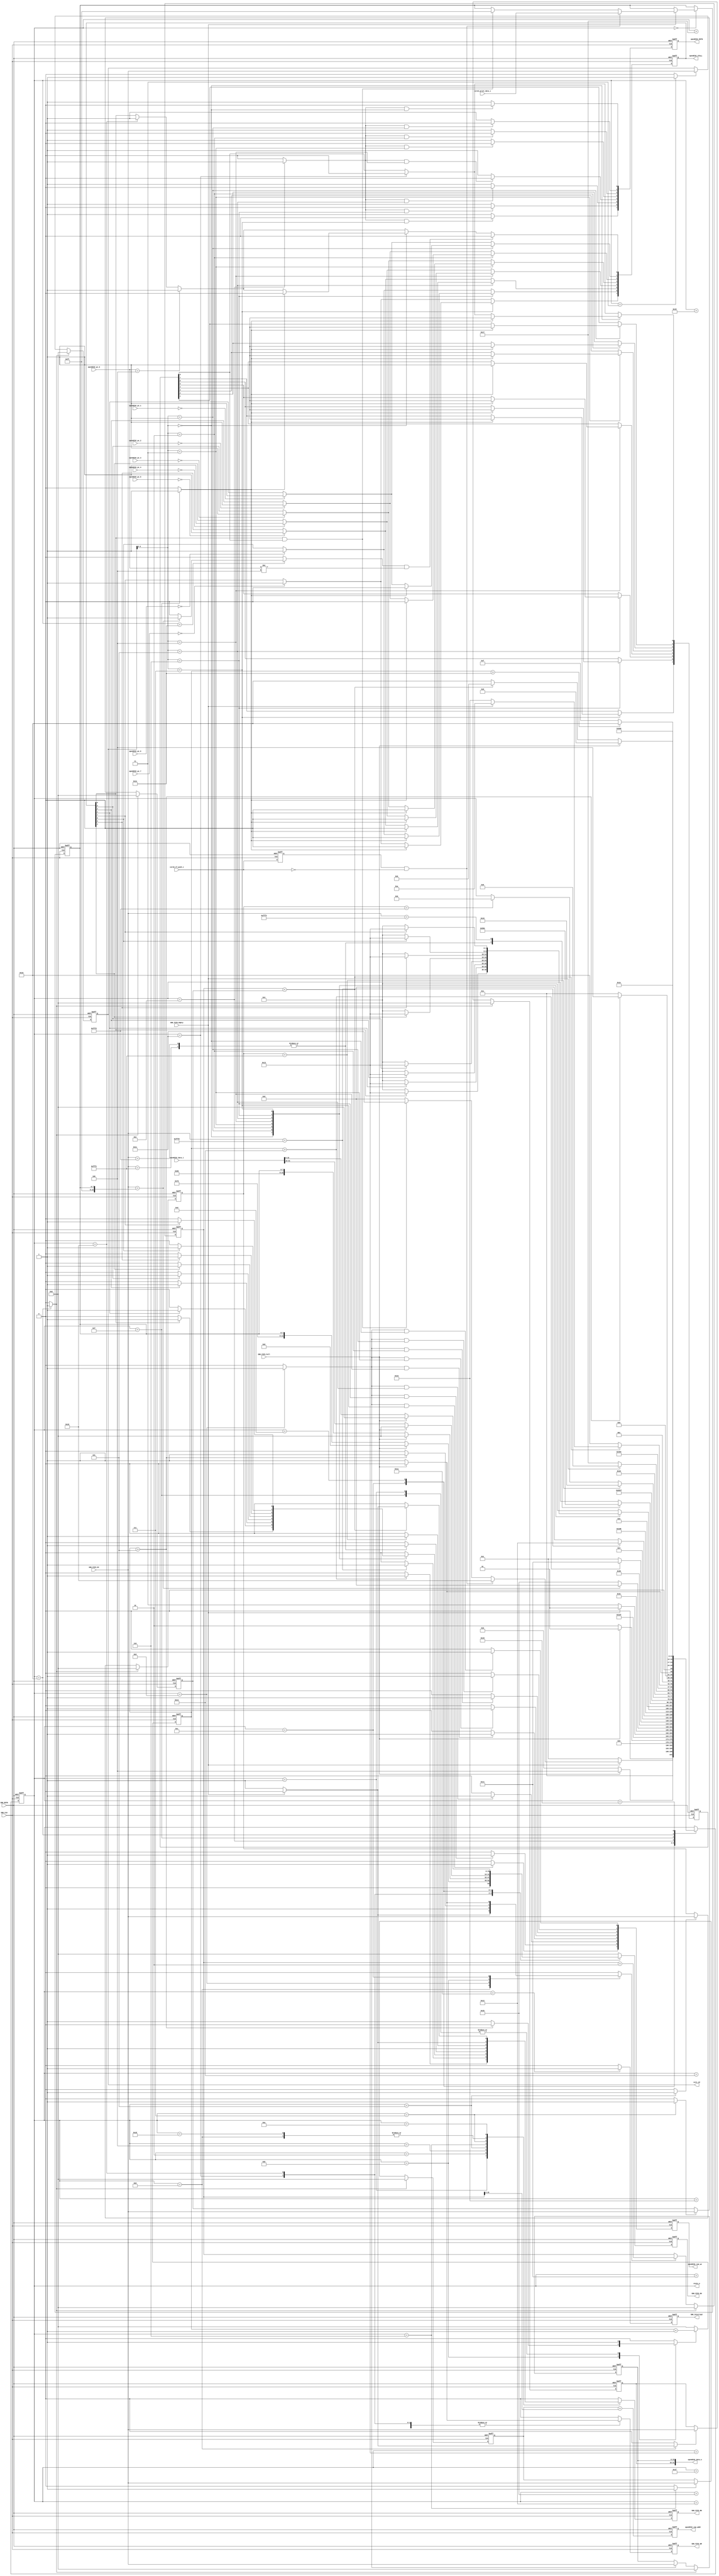
module OpenRISC_Interface(
   input            SDK_CLK,
   input            SDK_RSTN,
   
   //SMIMS SDK signals
   output reg           SDK_FIFO_RD,
   input         [15:0] SDK_FIFO_DI,
   input                SDK_FIFO_Empty,

   output reg           SDK_FIFO_WR,
   output reg    [15:0] SDK_FIFO_DO,
   input                SDK_FIFO_Full,
  
   output reg 			SDK_Interrupt,  
   //openRISC signals
   output reg[7:0]  openRISC_RSTN,	   //for 8 openRISC cores
   output reg[7:0]  openRISC_STALL,	   //for 8 openRISC cores
   output reg[7:0]	openRISC_ram_we,   //for 8 openRISC cores
   output reg[15:0] openRISC_ram_addr, //address : 8192 * (4 bytes)
   output 	 [31:0]	openRISC_data_o,
   input     [31:0]	openRISC_data_i,
   
   input     [31:0]	openRISC_pc_0,
   input     [31:0]	openRISC_pc_1,
   input     [31:0]	openRISC_pc_2,
   input     [31:0]	openRISC_pc_3,
   input     [31:0]	openRISC_pc_4,
   input     [31:0]	openRISC_pc_5,
   input     [31:0]	openRISC_pc_6,
   input     [31:0]	openRISC_pc_7,
      
   output 	 [15:0]	core_id,
	//UART data signals
   input 				core0_tf_push_i,
   input		 [7:0] 	core0_print_data_i,
	//TEST
	output	 [5:0]   state_o
);
assign state_o = cur_st;
//UART data 
reg [7:0]	UART_data_q, UART_data_d;

//OpenRISC signals
reg [7:0] 	_openRISC_RSTN;
reg [7:0] 	_openRISC_STALL;
reg [7:0]	_openRISC_ram_we;   
reg [15:0] 	_openRISC_ram_addr; 
reg [31:0]	_openRISC_data_o;

reg [15:0]  dataSize_cnt;
reg 		dataSize_cnt_en;
reg [15:0]  delay_cnt;
reg 		delay_cnt_en;
reg [15:0]  DATA_0,DATA_1;

//SDK signals
reg _SDK_FIFO_RD;
reg _SDK_FIFO_WR;
reg [15:0] _SDK_FIFO_DO;
reg _SDK_Interrupt;

//Reset all flags and control signals
reg CLEAN_SIGNAL;

//Control Signals
reg	[7:0] RESTORE_STALL;
reg 	LATCH_ID;
reg	LATCH_TYPE;
reg	LATCH_ADDR;
reg	LATCH_SIZE;
reg	LATCH_DATA_0;
reg	LATCH_DATA_1;
reg	WRITE_RAM;
reg	READ_RAM;
reg OPENRISC_RESET;
reg OPENRISC_START;

//Flags
reg [15:0] IDFlag;
reg [15:0] TypeFlag;
reg [15:0] AddrFlag;
reg [15:0] SizeFlag;

reg cur_core0_tf_push, _cur_core0_tf_push;

reg [7:0]  Running, _Running;

reg [5:0] cur_st, next_st;
parameter 	st_idle = 0,
				st_ready = 1,
				st_waitFlag = 2,
				st_getID = 3,
				st_cpuStatus = 4,
				st_getType = 5,
				st_getAddr = 6,
				st_getSize = 7,
				st_write_0 = 8,
				st_write_1 = 9,
				st_write_2 = 10,
				st_read_0 = 11,
				st_read_1 = 12,
				st_read_2 = 13,
				st_resetCPU = 14,
				st_startCPU = 15,
				st_clean = 16,
				st_readDelay_0 = 17,
				st_readDelay_1 = 18,
				st_readDelay_2 = 19,
				st_readDelay_3 = 20,
				st_readDelay_4 = 21,
				st_readDelay_5 = 22,
				st_readDelay_6 = 23,
				st_cleanDelay = 24,
				st_uart_print = 25,
				st_interrupt  = 26,
				st_error = 27,
				st_core0_end = 28,
				st_waitAck = 29,
				st_getAck = 30,
				st_AckDelay = 31,
				st_read_3 = 32;	

always@*begin
	_cur_core0_tf_push = core0_tf_push_i;
	UART_data_d = UART_data_q;

	next_st = cur_st;
	_SDK_FIFO_RD = 1'b0;
	_SDK_FIFO_WR = 1'b0;
	_SDK_FIFO_DO = 16'd0;
	_SDK_Interrupt = 1'b0;
	
	LATCH_ID = 1'b0;
	LATCH_TYPE = 1'b0;
	LATCH_ADDR = 1'b0;
	LATCH_SIZE = 1'b0;
	LATCH_DATA_0 = 1'b0;
	LATCH_DATA_1 = 1'b0;
	
	WRITE_RAM = 1'b0;
	READ_RAM = 1'b0;
	OPENRISC_RESET = 1'b0;
	OPENRISC_START = 1'b0;
	
	CLEAN_SIGNAL = 1'b0;
	RESTORE_STALL = 8'b0;
	
	dataSize_cnt_en = 1'b0;
	delay_cnt_en = 1'b0;
	case(cur_st)
		st_idle: begin
			if(~SDK_FIFO_Empty) begin
				next_st = st_ready;
			end
			else if(cur_core0_tf_push && (~core0_tf_push_i)) begin 
				UART_data_d = core0_print_data_i;
				next_st = st_uart_print;
			end
			else if(openRISC_STALL[0] && Running[0]) begin
				UART_data_d = 8'hff;
				next_st = st_core0_end;
			end
			else begin
				next_st = st_idle;
			end
		end
		st_core0_end: begin
			if(SDK_FIFO_Full) begin
					next_st = st_core0_end;
			end
			else begin
				next_st = st_interrupt;
				_SDK_FIFO_WR = 1'b1;
				_SDK_FIFO_DO = {8'b0111_0000, UART_data_q};
			end
		end
		st_uart_print: begin
			if(SDK_FIFO_Full) begin
					next_st = st_uart_print;
			end
			else begin
				next_st = st_interrupt;
				_SDK_FIFO_WR = 1'b1;
				_SDK_FIFO_DO = {8'b1000_0000, UART_data_q};
			end
		end
		st_interrupt: begin			
			_SDK_Interrupt = 1'b1;
			next_st = st_waitAck;
		end
		st_waitAck: begin
			if(~SDK_FIFO_Empty) begin
				_SDK_FIFO_RD = 1'b1;
				next_st = st_AckDelay;
			end
			else begin				
				next_st = st_waitAck;
			end
		end
		st_AckDelay: begin
			next_st = st_getAck;
		end
		st_getAck: begin
			if(SDK_FIFO_DI == {8'hff, UART_data_q}) begin
				RESTORE_STALL[0] = 1'b1;
				next_st = st_idle;
			end
			else begin
				next_st = st_error;
			end
		end
		st_error: begin
			next_st = st_error;
		end
		st_ready: begin
			delay_cnt_en = 1'b1;
			if(delay_cnt > 16'd20) begin //Guarantee flag datas is in the FIFO buffer
				_SDK_FIFO_RD = 1'b1;
				next_st = st_readDelay_0;
			end
			else next_st = st_ready;
		end
		st_readDelay_0: begin
			next_st = st_waitFlag;
		end
		st_waitFlag: begin
			if(SDK_FIFO_DI == 16'hfff0) begin
				next_st = st_readDelay_1;
				_SDK_FIFO_RD = 1'b1;
			end	
			else 
				next_st = st_idle;
		end
		st_readDelay_1: begin
			next_st = st_getID;
		end
		st_getID: begin
			LATCH_ID = 1'b1;
			next_st = st_cpuStatus;
		end
		st_cpuStatus: begin
			case(core_id[3:0])
				4'd0: begin
						if((openRISC_STALL[0] == 1'b1) ) begin
							next_st = st_readDelay_2;
							_SDK_FIFO_RD = 1'b1;
						end	
						else 
							next_st = st_cpuStatus;
				end
				4'd1: begin
						if((openRISC_STALL[1] == 1'b1) ) begin
							next_st = st_readDelay_2;
							_SDK_FIFO_RD = 1'b1;
						end	
						else 
							next_st = st_cpuStatus;
				end
				4'd2: begin
						if((openRISC_STALL[2] == 1'b1) ) begin
							next_st = st_readDelay_2;
							_SDK_FIFO_RD = 1'b1;
						end	
						else 
							next_st = st_cpuStatus;
				end
				4'd3: begin
						if((openRISC_STALL[3] == 1'b1) ) begin
							next_st = st_readDelay_2;
							_SDK_FIFO_RD = 1'b1;
						end	
						else 
							next_st = st_cpuStatus;
				end
				4'd4: begin
						if((openRISC_STALL[4] == 1'b1) ) begin
							next_st = st_readDelay_2;
							_SDK_FIFO_RD = 1'b1;
						end	
						else 
							next_st = st_cpuStatus;
				end
				4'd5: begin
						if((openRISC_STALL[5] == 1'b1) ) begin
							next_st = st_readDelay_2;
							_SDK_FIFO_RD = 1'b1;
						end	
						else 
							next_st = st_cpuStatus;
				end
				4'd6: begin
						if((openRISC_STALL[6] == 1'b1) ) begin
							next_st = st_readDelay_2;
							_SDK_FIFO_RD = 1'b1;
						end	
						else 
							next_st = st_cpuStatus;
				end
				4'd7: begin
						if((openRISC_STALL[7] == 1'b1) ) begin
							next_st = st_readDelay_2;
							_SDK_FIFO_RD = 1'b1;
						end	
						else 
							next_st = st_cpuStatus;
				end
			    default: next_st = st_cpuStatus;
			endcase
		end
		st_readDelay_2: begin
					next_st = st_getType;
		end
		st_getType: begin
					LATCH_TYPE = 1'b1;
					case(SDK_FIFO_DI)
						16'hfff1: begin 
								next_st = st_readDelay_3;
								_SDK_FIFO_RD = 1'b1;
						end	
						16'hfff2: begin 
							next_st = st_readDelay_3;
							_SDK_FIFO_RD = 1'b1;
						end	
						16'hfff3: begin 
							next_st = st_resetCPU;	
						end		
						default: next_st = cur_st;
					endcase
				
		end
		st_readDelay_3: begin
					next_st = st_getAddr;
		end
		st_getAddr: begin
					_SDK_FIFO_RD = 1'b1;
					LATCH_ADDR = 1'b1;	
					next_st = st_readDelay_4;
		end
		st_readDelay_4: begin
					next_st = st_getSize;
		end
		st_getSize: begin
				LATCH_SIZE = 1'b1;
				if(TypeFlag == 16'hfff1) begin
					next_st = st_readDelay_5;
					_SDK_FIFO_RD = 1'b1;
				end	
				else if(TypeFlag == 16'hfff2) begin
					next_st = st_read_0;
				end	
				else next_st = cur_st;		
		end
		st_readDelay_5: begin
				next_st = st_write_0;
		end
		st_write_0: begin
				if(~SDK_FIFO_Empty) begin
					next_st = st_readDelay_6;
					_SDK_FIFO_RD = 1'b1;
					LATCH_DATA_0 = 1'b1;
					dataSize_cnt_en = 1'b1;
				end
				else next_st = st_write_0;	
		end
		st_readDelay_6: begin
				next_st = st_write_1;
		end
		st_write_1: begin
				next_st = st_write_2;
				LATCH_DATA_1 = 1'b1;
				dataSize_cnt_en = 1'b1;
				WRITE_RAM = 1'b1;	
		end
		st_write_2: begin
				if(dataSize_cnt < SizeFlag) begin
					if(~SDK_FIFO_Empty) begin
						next_st = st_readDelay_5;
						_SDK_FIFO_RD = 1'b1;
					end
					else next_st = st_write_2;
				end
				else begin
					next_st = st_clean;
				end
		end
		st_read_0: begin
				if(delay_cnt > 16'd5) begin 
					next_st = st_read_1;
					dataSize_cnt_en = 1'b1;
				end
				else begin
					next_st = st_read_0;
					delay_cnt_en = 1'b1;
				end					
		end
		st_read_1: begin
				if(SDK_FIFO_Full) begin
					next_st = st_read_1;
				end
				else begin
					next_st = st_read_2;
					_SDK_FIFO_WR = 1'b1;
					_SDK_FIFO_DO = openRISC_data_i[31:16];
					dataSize_cnt_en = 1'b1;
				end
		end
		st_read_2: begin
				if(SDK_FIFO_Full) begin
					next_st = st_read_2;
				end
				else if(dataSize_cnt < SizeFlag) begin
					next_st = st_read_0;
					_SDK_FIFO_WR = 1'b1;
					_SDK_FIFO_DO = openRISC_data_i[15:0];
				end
				else begin
					//next_st = st_read_3;
					next_st = st_clean;
					_SDK_FIFO_WR = 1'b1;
					_SDK_FIFO_DO = openRISC_data_i[15:0];
				end
		end
		/*st_read_3: begin
			_SDK_Interrupt = 1'b1;
			next_st = st_clean;
		end*/
		st_resetCPU: begin
				OPENRISC_RESET = 1'b1;
				next_st = st_startCPU;
		end
		st_startCPU: begin
				delay_cnt_en = 1'b1;
				OPENRISC_START = 1'b1;
				if(delay_cnt > 16'd30)
					next_st = st_clean;
				else
					next_st = st_startCPU;
				
		end
		st_clean: begin
				next_st = st_cleanDelay;
				CLEAN_SIGNAL = 1'b1;				
		end
		st_cleanDelay: begin				
				next_st = st_idle;
		end
		
	endcase	
end

//SDK and state signals 
always@(posedge SDK_CLK or negedge SDK_RSTN)begin
	if(~SDK_RSTN) begin
		cur_st <= st_idle;	
		SDK_FIFO_RD <= 1'b0;
		SDK_FIFO_WR <= 1'b0;
		SDK_FIFO_DO <= 16'd0;
		SDK_Interrupt <= 1'b0; 
	end
	else begin
		cur_st <= next_st;
		SDK_FIFO_RD <= _SDK_FIFO_RD;
		SDK_FIFO_WR <= _SDK_FIFO_WR;
		SDK_FIFO_DO <= _SDK_FIFO_DO;
		SDK_Interrupt <= _SDK_Interrupt; 
	end
end

//OpenRISC Signals
always@* begin
	_Running = Running;
	_openRISC_STALL[0] = (openRISC_pc_0 == 32'd4) ? 1'b1 : ((cur_st == st_uart_print) ? 1'b1 : openRISC_STALL[0]);
	if (cur_st == st_core0_end) _Running[0] = 1'b0;	
	
	if (core_id[3:0]==4'd0)
	begin
		if (OPENRISC_START)	begin 
			_openRISC_STALL[0] = 1'b0;
			_Running[0] = 1'b1;
		end		
	end
	if(RESTORE_STALL[0] && (openRISC_pc_0 != 32'd4)) begin
		_openRISC_STALL[0] = 1'b0;
	end
	
	if (core_id[3:0]==4'd1)
	begin
		if (OPENRISC_START)	begin
			_openRISC_STALL[1] = 1'b0;
			_Running[1] = 1'b1;
		end
		else 					_openRISC_STALL[1] = (!openRISC_pc_1)? 1'b1 : openRISC_STALL[1];
	end
	else 						_openRISC_STALL[1] = (!openRISC_pc_1)? 1'b1 : openRISC_STALL[1];
	
	if (core_id[3:0]==4'd2)
	begin
		if (OPENRISC_START)	begin
			_openRISC_STALL[2] = 1'b0;
			_Running[2] = 1'b1;
		end
		else 					_openRISC_STALL[2] = (!openRISC_pc_2)? 1'b1 : openRISC_STALL[2];
	end
	else 						_openRISC_STALL[2] = (!openRISC_pc_2)? 1'b1 : openRISC_STALL[2];
	
	if (core_id[3:0]==4'd3)
	begin
		if (OPENRISC_START)	begin
			_openRISC_STALL[3] = 1'b0;
			_Running[3] = 1'b1;
		end
		else 					_openRISC_STALL[3] = (!openRISC_pc_3)? 1'b1 : openRISC_STALL[3];
	end
	else 						_openRISC_STALL[3] = (!openRISC_pc_3)? 1'b1 : openRISC_STALL[3];
	
				
	if (core_id[3:0]==4'd4)
	begin
		if (OPENRISC_START)	begin
			_openRISC_STALL[4] = 1'b0;
			_Running[4] = 1'b1;
		end
		else 					_openRISC_STALL[4] = (!openRISC_pc_4)? 1'b1 : openRISC_STALL[4];
	end
	else 						_openRISC_STALL[4] = (!openRISC_pc_4)? 1'b1 : openRISC_STALL[4];
	
	if (core_id[3:0]==4'd5)
	begin
		if (OPENRISC_START)	begin
			_openRISC_STALL[5] = 1'b0;
			_Running[5] = 1'b1;
		end
		else 					_openRISC_STALL[5] = (!openRISC_pc_5)? 1'b1 : openRISC_STALL[5];
	end
	else 						_openRISC_STALL[5] = (!openRISC_pc_5)? 1'b1 : openRISC_STALL[5];
	
	if (core_id[3:0]==4'd6)
	begin
		if (OPENRISC_START)	begin
			_openRISC_STALL[6] = 1'b0;
			_Running[6] = 1'b1;
		end
		else 					_openRISC_STALL[6] = (!openRISC_pc_6)? 1'b1 : openRISC_STALL[6];
	end
	else 						_openRISC_STALL[6] = (!openRISC_pc_6)? 1'b1 : openRISC_STALL[6];
	
	if (core_id[3:0]==4'd7)
	begin
		if (OPENRISC_START)	begin
			_openRISC_STALL[7] = 1'b0;
			_Running[7] = 1'b1;
		end
		else 					_openRISC_STALL[7] = (!openRISC_pc_7)? 1'b1 : openRISC_STALL[7];
	end
	else 						_openRISC_STALL[7] = (!openRISC_pc_7)? 1'b1 : openRISC_STALL[7];
	
	
	_openRISC_RSTN[0] = ((OPENRISC_RESET == 1'b1) && (core_id[3:0] == 4'd0)) ? 1'b0: 1'b1;
	_openRISC_RSTN[1] = ((OPENRISC_RESET == 1'b1) && (core_id[3:0] == 4'd1)) ? 1'b0: 1'b1;
	_openRISC_RSTN[2] = ((OPENRISC_RESET == 1'b1) && (core_id[3:0] == 4'd2)) ? 1'b0: 1'b1;
	_openRISC_RSTN[3] = ((OPENRISC_RESET == 1'b1) && (core_id[3:0] == 4'd3)) ? 1'b0: 1'b1;
	_openRISC_RSTN[4] = ((OPENRISC_RESET == 1'b1) && (core_id[3:0] == 4'd4)) ? 1'b0: 1'b1;
	_openRISC_RSTN[5] = ((OPENRISC_RESET == 1'b1) && (core_id[3:0] == 4'd5)) ? 1'b0: 1'b1;
	_openRISC_RSTN[6] = ((OPENRISC_RESET == 1'b1) && (core_id[3:0] == 4'd6)) ? 1'b0: 1'b1;
	_openRISC_RSTN[7] = ((OPENRISC_RESET == 1'b1) && (core_id[3:0] == 4'd7)) ? 1'b0: 1'b1;
	
	
	
	
	_openRISC_ram_we[0] = ( (WRITE_RAM == 1'b1) && (core_id[3:0] == 4'd0) ) ? 1'b1: 1'b0;
	_openRISC_ram_we[1] = ( (WRITE_RAM == 1'b1) && (core_id[3:0] == 4'd1) ) ? 1'b1: 1'b0;
	_openRISC_ram_we[2] = ( (WRITE_RAM == 1'b1) && (core_id[3:0] == 4'd2) ) ? 1'b1: 1'b0;
	_openRISC_ram_we[3] = ( (WRITE_RAM == 1'b1) && (core_id[3:0] == 4'd3) ) ? 1'b1: 1'b0;
	_openRISC_ram_we[4] = ( (WRITE_RAM == 1'b1) && (core_id[3:0] == 4'd4) ) ? 1'b1: 1'b0;
	_openRISC_ram_we[5] = ( (WRITE_RAM == 1'b1) && (core_id[3:0] == 4'd5) ) ? 1'b1: 1'b0;
	_openRISC_ram_we[6] = ( (WRITE_RAM == 1'b1) && (core_id[3:0] == 4'd6) ) ? 1'b1: 1'b0;
	_openRISC_ram_we[7] = ( (WRITE_RAM == 1'b1) && (core_id[3:0] == 4'd7) ) ? 1'b1: 1'b0;
	
	
	_openRISC_ram_addr = AddrFlag + (dataSize_cnt >> 2);
end

always@(posedge SDK_CLK or negedge SDK_RSTN)begin
	if(~SDK_RSTN) begin
		cur_core0_tf_push <= 1'b0;
		UART_data_q <= 8'b0;
		Running <= 8'b0000_0000;
		openRISC_STALL <= 8'b1111_1111;
		openRISC_RSTN <= 8'b1111_1111;
		openRISC_ram_we <= 8'b0000_0000;
		openRISC_ram_addr <= 16'd0;
	end
	else begin
		cur_core0_tf_push <= _cur_core0_tf_push;
		UART_data_q <= UART_data_d;
		Running <= _Running;
		openRISC_STALL <= _openRISC_STALL;
		openRISC_RSTN <= _openRISC_RSTN;
		openRISC_ram_we <= _openRISC_ram_we;
		openRISC_ram_addr <= _openRISC_ram_addr;
	end
end


always@(posedge SDK_CLK or negedge SDK_RSTN)begin
	if(~SDK_RSTN) dataSize_cnt <= 16'd0;	
	else if(CLEAN_SIGNAL) dataSize_cnt <= 16'd0;	
	else if(dataSize_cnt_en) dataSize_cnt <= dataSize_cnt + 16'd2; 
end

always@(posedge SDK_CLK or negedge SDK_RSTN)begin
	if(~SDK_RSTN) delay_cnt <= 16'd0;		
	else if(delay_cnt_en) delay_cnt <= delay_cnt + 16'd1;
	else delay_cnt <= 16'd0;	
end

//Combine two 16'bits data to one 32'bits data
assign openRISC_data_o = {DATA_0, DATA_1};

always@(posedge SDK_CLK or negedge SDK_RSTN)begin
	if(~SDK_RSTN) DATA_0 <= 16'd0;	
	else if(CLEAN_SIGNAL) DATA_0 <= 16'd0;	
	else if(LATCH_DATA_0) DATA_0 <=  SDK_FIFO_DI; 
end

always@(posedge SDK_CLK or negedge SDK_RSTN)begin
	if(~SDK_RSTN) DATA_1 <= 16'd0;	
	else if(CLEAN_SIGNAL) DATA_1 <= 16'd0;	
	else if(LATCH_DATA_1) DATA_1 <=  SDK_FIFO_DI; 
end

//Latch Flags
always@(posedge SDK_CLK or negedge SDK_RSTN)begin
	if(~SDK_RSTN) IDFlag <= 16'd0;	
	else if(CLEAN_SIGNAL) IDFlag <= 16'd0;	
	else if(LATCH_ID) IDFlag <= SDK_FIFO_DI; 
end

always@(posedge SDK_CLK or negedge SDK_RSTN)begin
	if(~SDK_RSTN) TypeFlag <= 16'd0;	
	else if(CLEAN_SIGNAL) TypeFlag <= 16'd0;	
	else if(LATCH_TYPE) TypeFlag <= SDK_FIFO_DI; 
end

always@(posedge SDK_CLK or negedge SDK_RSTN)begin
	if(~SDK_RSTN) AddrFlag <= 16'd0;	
	else if(CLEAN_SIGNAL) AddrFlag <= 16'd0;	
	else if(LATCH_ADDR) AddrFlag <= SDK_FIFO_DI; 
end

always@(posedge SDK_CLK or negedge SDK_RSTN)begin
	if(~SDK_RSTN) SizeFlag <= 16'd0;	
	else if(CLEAN_SIGNAL) SizeFlag <= 16'd0;	
	else if(LATCH_SIZE) SizeFlag <= SDK_FIFO_DI; 
end

assign core_id = IDFlag;
  
endmodule